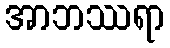
အာဘဿရာ